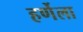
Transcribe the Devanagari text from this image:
हर्णेला